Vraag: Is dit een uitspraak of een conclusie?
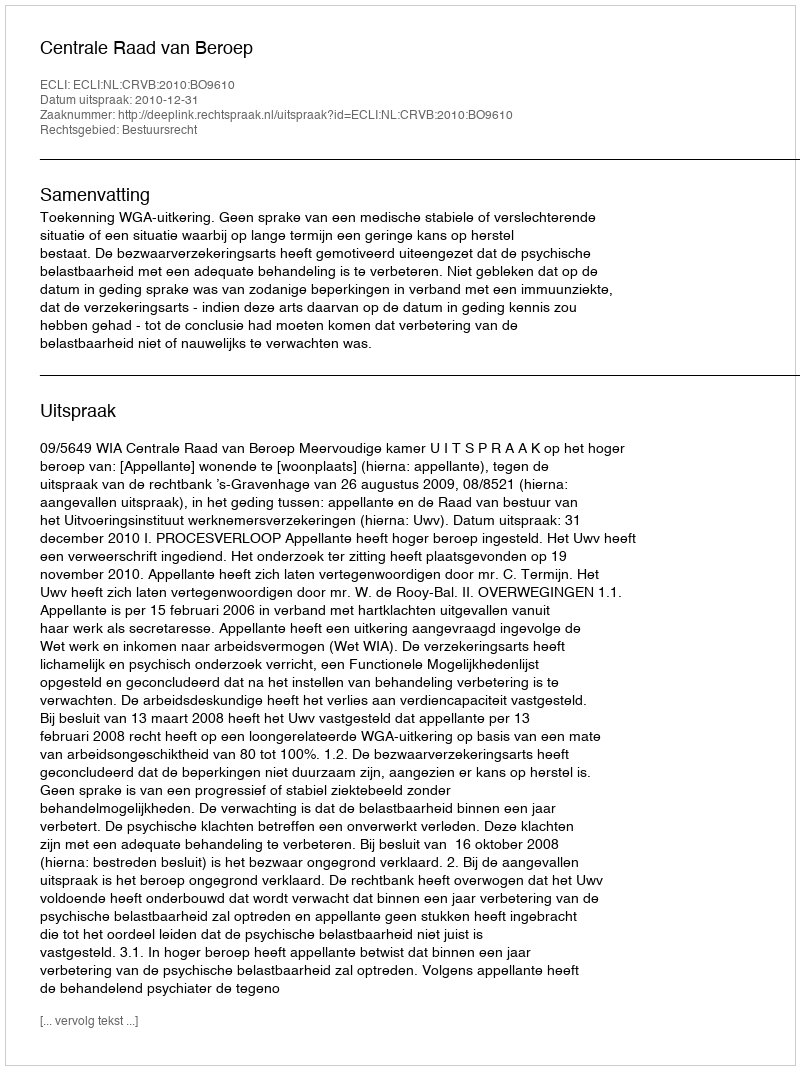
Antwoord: Uitspraak